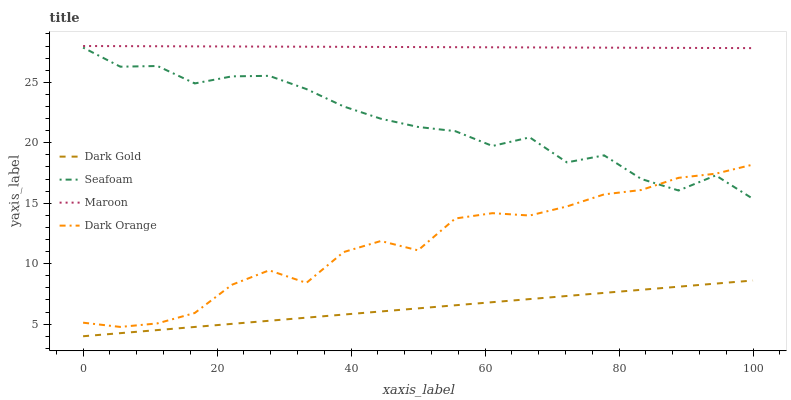
| xaxis_label | Dark Gold | Seafoam | Maroon | Dark Orange |
 | --- | --- | --- | --- | --- |
 | 0 | 4 | 27.9 | 28 | 5.12 |
 | 5.56 | 4.26 | 26.3 | 28 | 4.77 |
 | 11.1 | 4.51 | 26.3 | 28 | 5.06 |
 | 16.7 | 4.77 | 24.9 | 28 | 5.92 |
 | 22.2 | 5.02 | 25.5 | 28 | 8.26 |
 | 27.8 | 5.28 | 25.5 | 28 | 9.45 |
 | 33.3 | 5.54 | 24.4 | 27.9 | 8.41 |
 | 38.9 | 5.79 | 23 | 27.9 | 11 |
 | 44.4 | 6.05 | 22 | 27.9 | 11.9 |
 | 50 | 6.31 | 21.3 | 27.9 | 11.1 |
 | 55.6 | 6.56 | 21 | 27.9 | 13.7 |
 | 61.1 | 6.82 | 19.7 | 27.9 | 14.2 |
 | 66.7 | 7.07 | 20.4 | 27.9 | 14 |
 | 72.2 | 7.33 | 18.4 | 27.9 | 14.7 |
 | 77.8 | 7.59 | 19 | 27.9 | 15.7 |
 | 83.3 | 7.84 | 17 | 27.9 | 16.1 |
 | 88.9 | 8.1 | 16.1 | 27.8 | 17.1 |
 | 94.4 | 8.35 | 17.3 | 27.8 | 17.4 |
 | 100 | 8.61 | 15.4 | 27.8 | 18.2 |